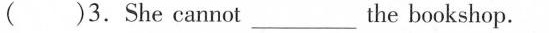
( )3. She cannot_________ the bookshop.